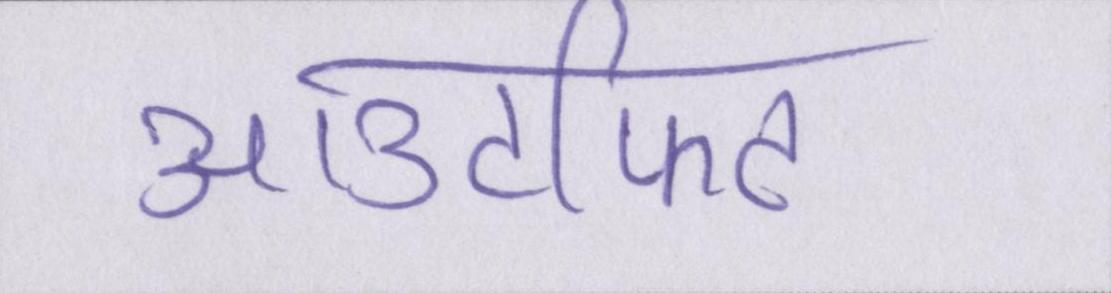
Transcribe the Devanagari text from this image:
आउटफिट